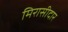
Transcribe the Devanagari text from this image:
मिरासीदार